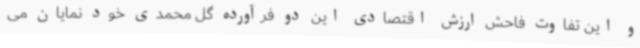
و این تفاوت فاحش ارزش اقتصادی این دو فرآورده گل محمدی خود نمایان می